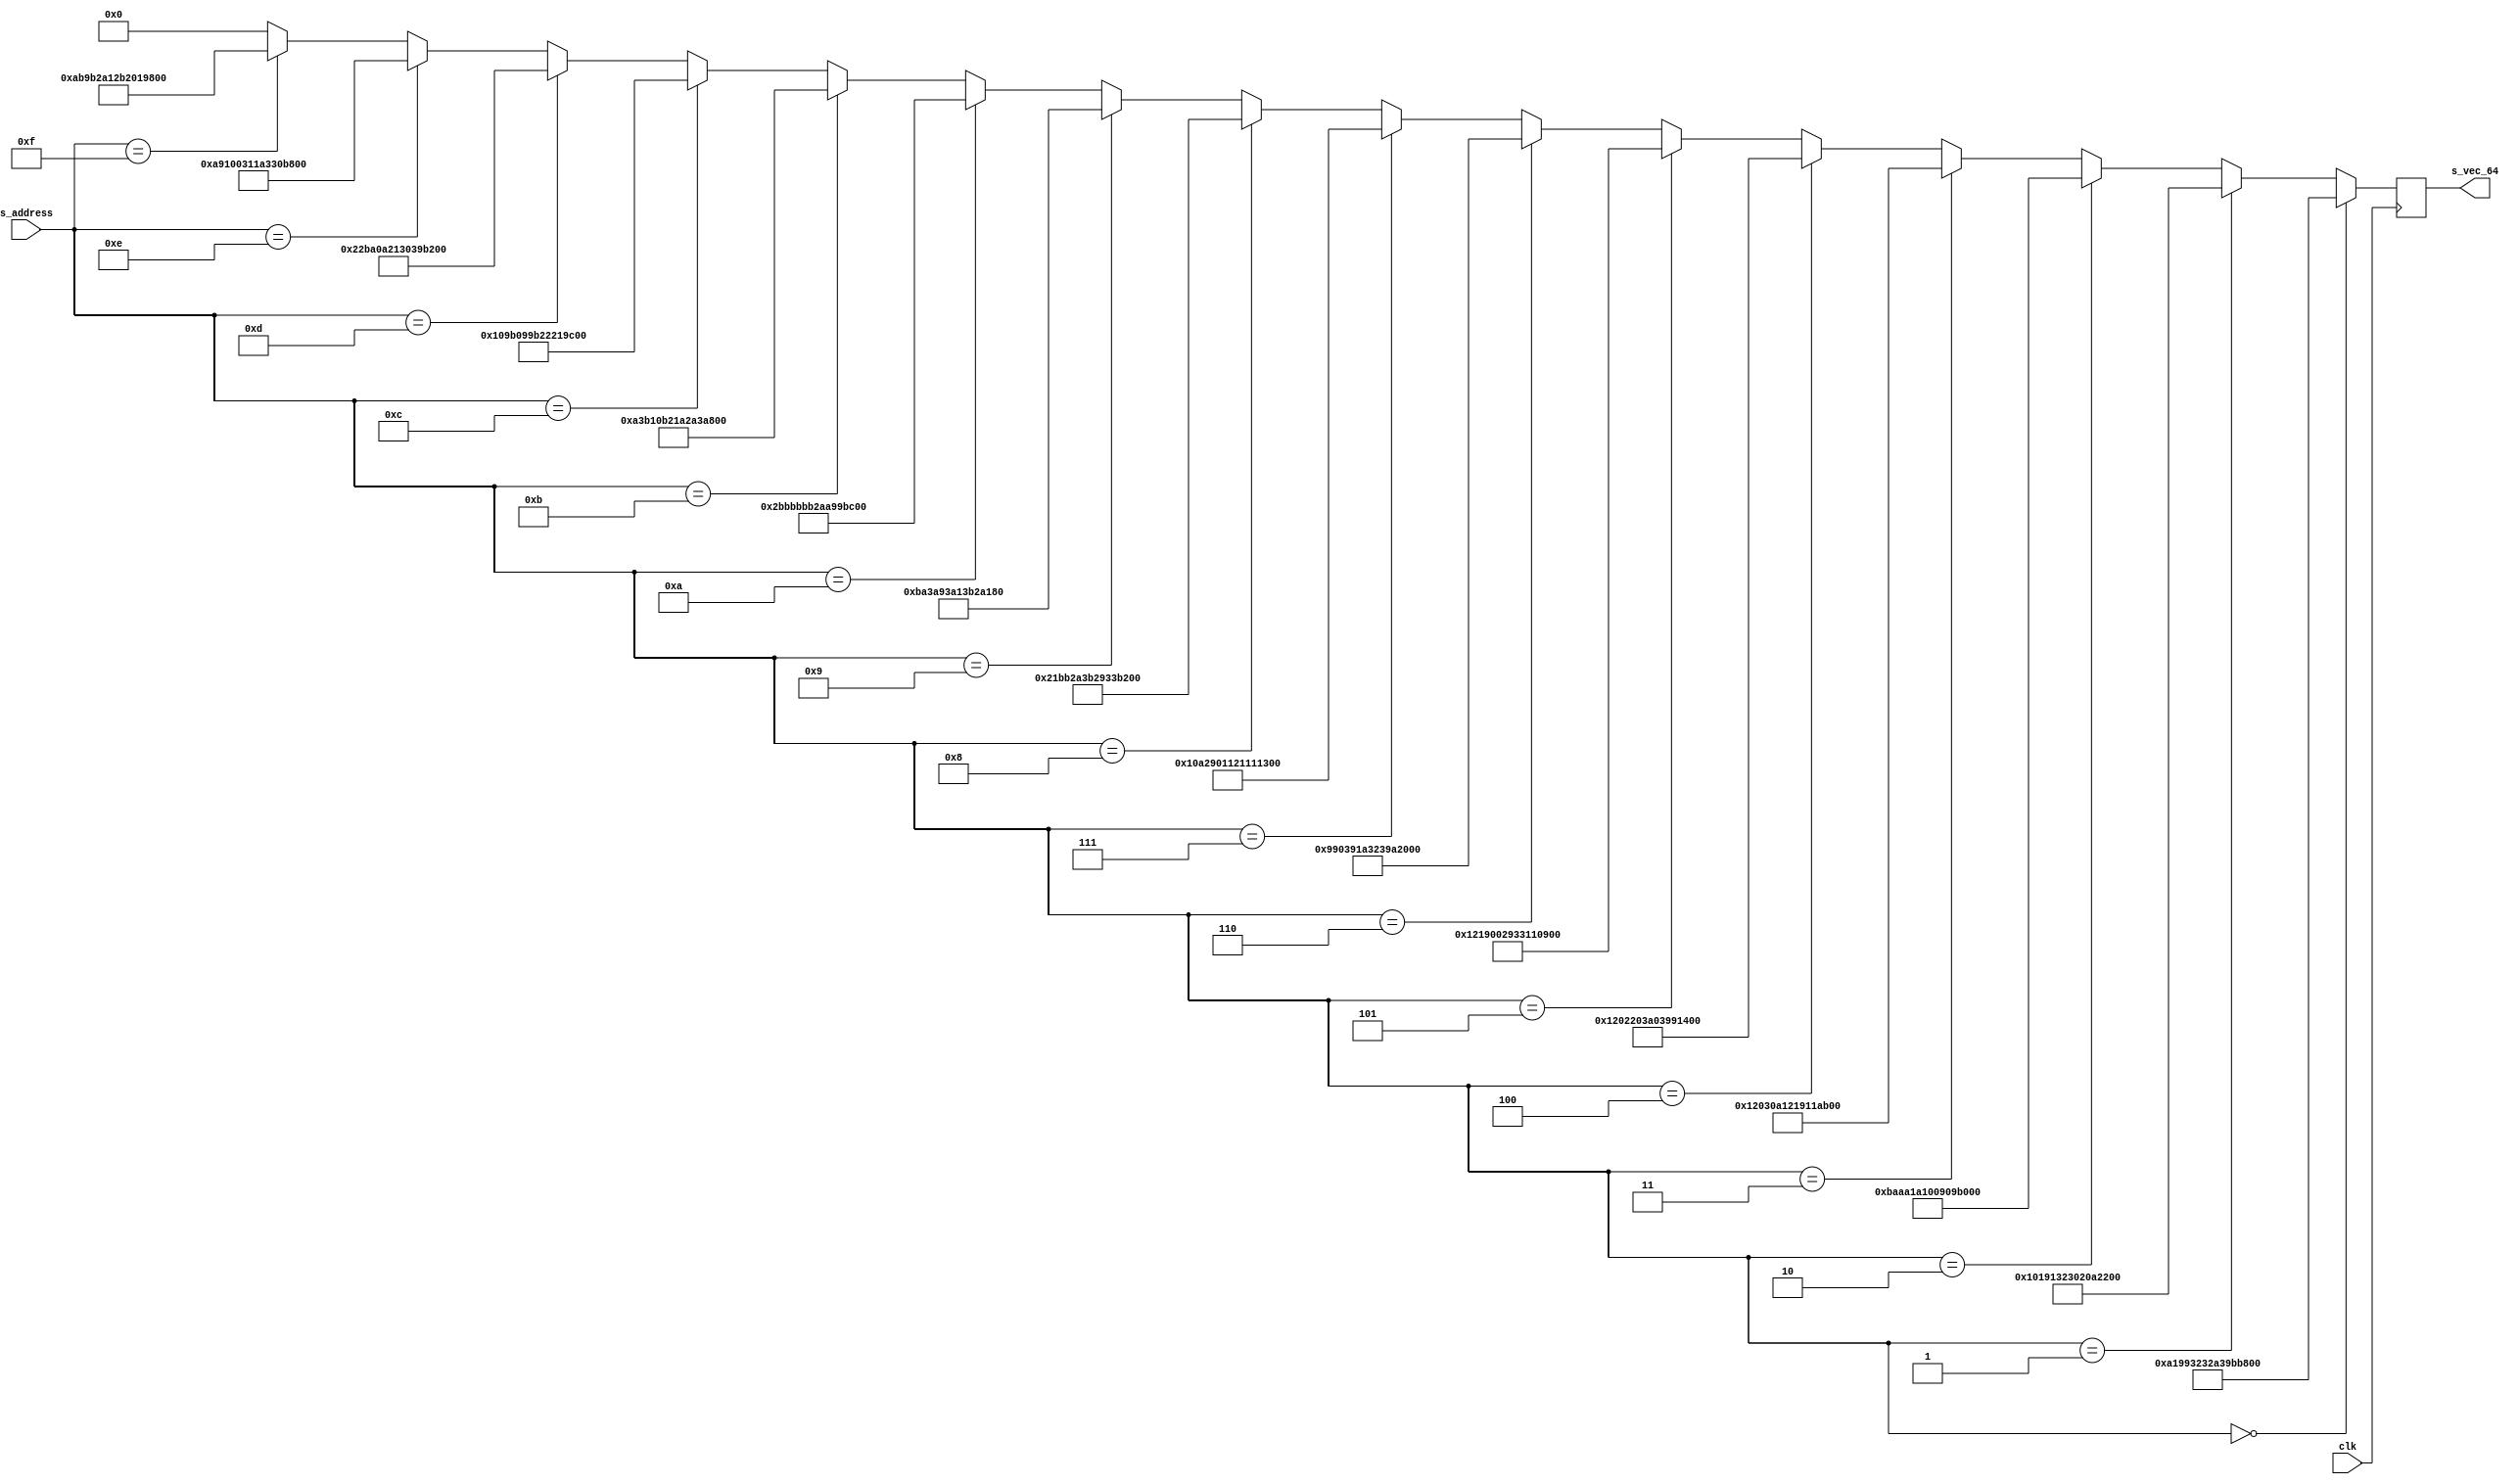
module s_rom(clk, s_address, s_vec_64);
input clk;
input [6:0] s_address;
output reg [63:0] s_vec_64;

wire [63:0] s_vec_64_wire;

assign s_vec_64_wire =	
						(s_address==7'd0) ? 64'b1010000110011001001100100011001010100011100110111011101100110011:
            (s_address==7'd1) ? 64'b0001000000011001000100110010001100000010000010100010000110110001:
            (s_address==7'd2) ? 64'b1011101010101010000110100001000000001001000010011011001110111001:
            (s_address==7'd3) ? 64'b0001001000000011000010100001001000011001000100011010101010011010:
            (s_address==7'd4) ? 64'b0001001000000010001000000011101000000011100110010001001110010011:
            (s_address==7'd5) ? 64'b0001001000011001000000000010100100110011000100010000100100001010:
            (s_address==7'd6) ? 64'b1001100100000011100100011010001100100011100110100010000000000010:
            (s_address==7'd7) ? 64'b0001000010100010100100000001000100100001000100010001001100100011:
            (s_address==7'd8) ? 64'b0010000110111011001010100011101100101001001100111011000100101001:
            (s_address==7'd9) ? 64'b0000101110100011101010010011101000010011101100101010000110011011:
            (s_address==7'd10) ? 64'b0010101110111011101110111011001010101010100110011011101100110010:
            (s_address==7'd11) ? 64'b1010001110110001000010110010000110100010101000111010100110011011:
            (s_address==7'd12) ? 64'b0001000010011011000010011001101100100010001000011001101110111010:
            (s_address==7'd13) ? 64'b0010001010111010000010100010000100110000001110011011001000010011:
            (s_address==7'd14) ? 64'b1010100100010000000000110001000110100011001100001011101100111001:
            (s_address==7'd15) ? 64'b1010101110011011001010100001001010110010000000011001100110010011: 64'd0;

always @(posedge clk)
	s_vec_64 <= s_vec_64_wire;
	
endmodule